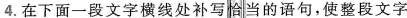
4.在下面一段文字横线处补写恰当的语句，使整段文字